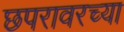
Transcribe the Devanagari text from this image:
छपरावरच्या